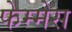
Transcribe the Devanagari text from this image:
फेम्मेस